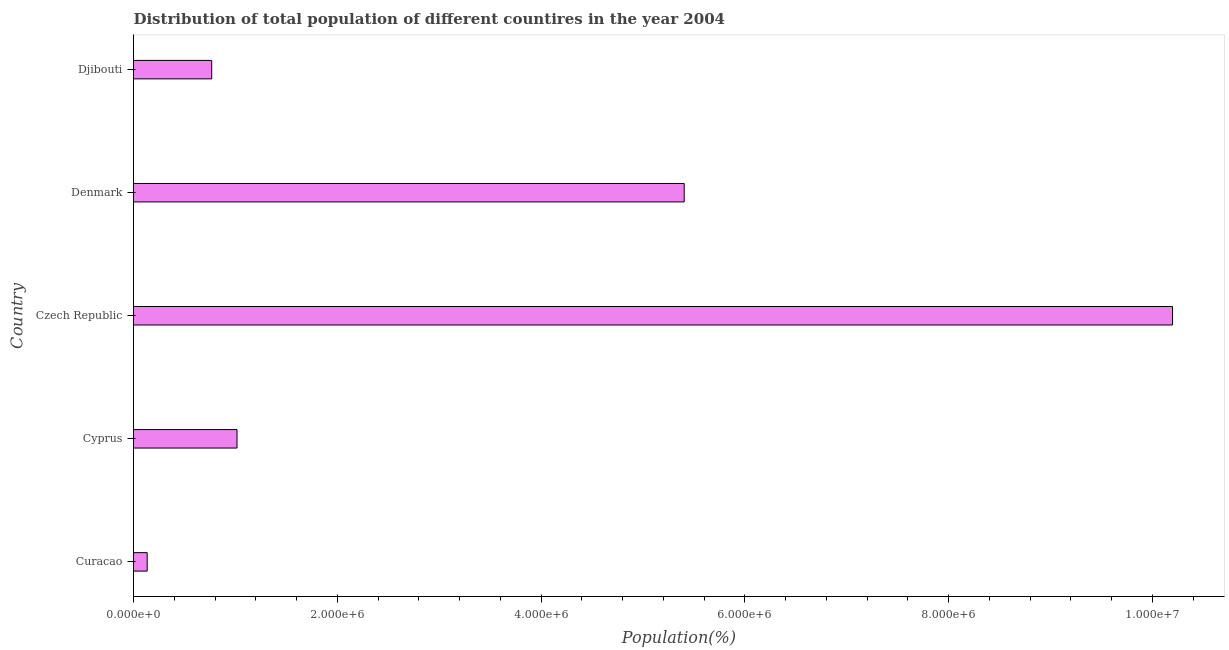
| Country | Total |
 | --- | --- |
 | Curacao | 1.34e+05 |
 | Cyprus | 1.02e+06 |
 | Czech Republic | 1.02e+07 |
 | Denmark | 5.4e+06 |
 | Djibouti | 7.68e+05 |